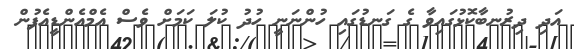
އަދި ދިރުނބާކޮޅުގައިވާ ގެ ގަނޑުގައި ހުންނަނީ ހުދު ކުލަ ކަމަށް ވެސް އެމްއެންޑީއެފުން